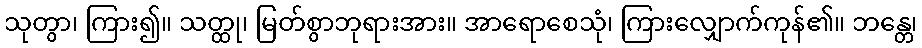
သုတွာ၊ ကြား၍။ သတ္ထု၊ မြတ်စွာဘုရားအား။ အာရောစေသုံ၊ ကြားလျှောက်ကုန်၏။ ဘန္တေ၊